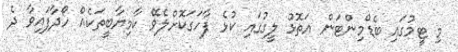
މި ޓީމުގައި ބެޑްމިންޓަން އަތޮޅު ލީގުގައި ކުޅެ ފާހަގަކޮށްލެވޭ ކާމިޔާބީތަކެއް ހޯދާފައިވާ ދެ